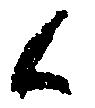
候